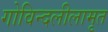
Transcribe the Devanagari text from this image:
गोविन्दलीलामृत